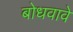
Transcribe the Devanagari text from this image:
बोधवावे